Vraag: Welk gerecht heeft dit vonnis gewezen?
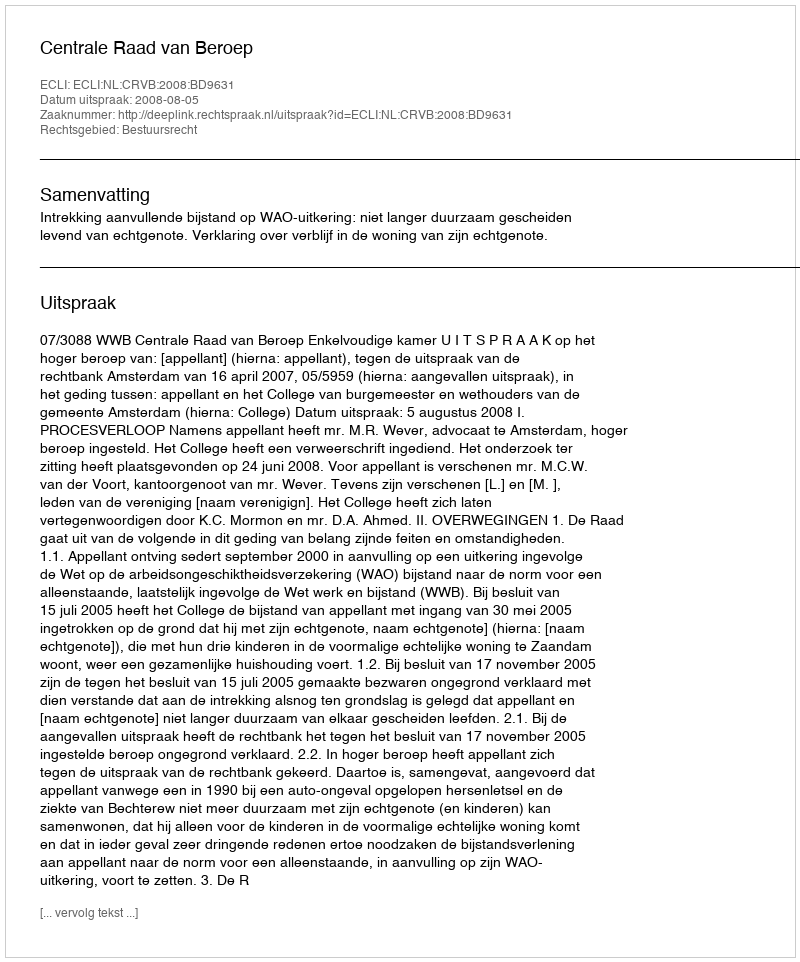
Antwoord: Centrale Raad van Beroep